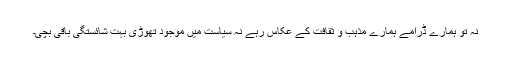
نہ تو ہمارے ڈرامے ہمارے مذہب و ثقافت کے عکاس رہے نہ سیاست میں موجود تھوڑی بہت شائستگی باقی بچی۔